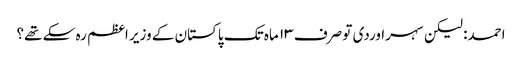
احمد: لیکن سہراوردی تو صرف ۱۳ ماہ تک پاکستان کے وزیر اعظم رہ سکے تھے؟